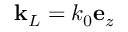
{ \bf k } _ { L } = k _ { 0 } { \bf e } _ { z }